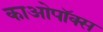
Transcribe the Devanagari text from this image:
काओपॉक्स